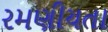
રમણીયતા